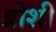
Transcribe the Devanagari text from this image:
ब्रोशी